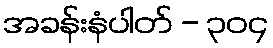
အခန်းနံပါတ် - ၃၀၄